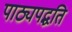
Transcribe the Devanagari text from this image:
पाठ्यपद्धति